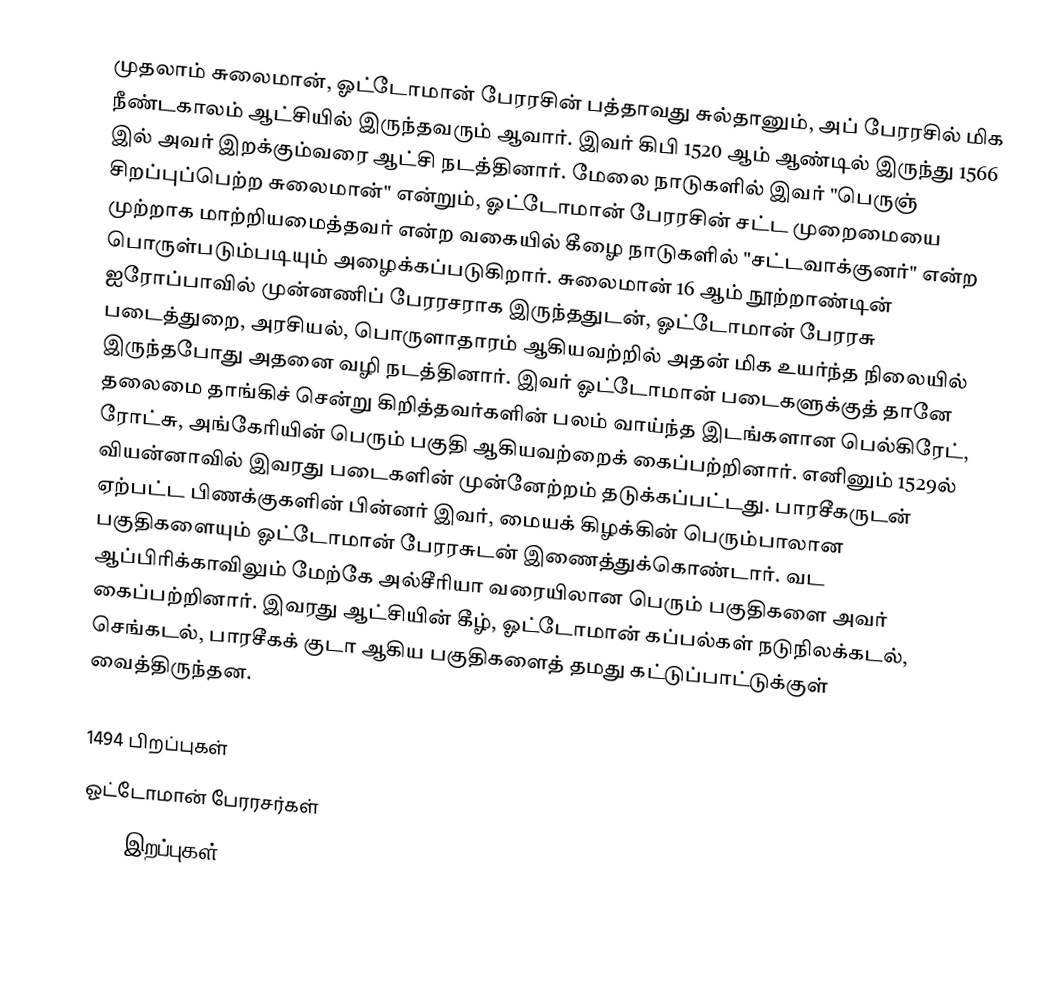
முதலாம் சுலைமான், ஓட்டோமான் பேரரசின் பத்தாவது சுல்தானும், அப் பேரரசில் மிக நீண்டகாலம் ஆட்சியில் இருந்தவரும் ஆவார். இவர் கிபி 1520 ஆம் ஆண்டில் இருந்து 1566 இல் அவர் இறக்கும்வரை ஆட்சி நடத்தினார். மேலை நாடுகளில் இவர் "பெருஞ் சிறப்புப்பெற்ற சுலைமான்" என்றும், ஓட்டோமான் பேரரசின் சட்ட முறைமையை முற்றாக மாற்றியமைத்தவர் என்ற வகையில் கீழை நாடுகளில் "சட்டவாக்குனர்" என்ற பொருள்படும்படியும் அழைக்கப்படுகிறார். சுலைமான் 16 ஆம் நூற்றாண்டின் ஐரோப்பாவில் முன்னணிப் பேரரசராக இருந்ததுடன், ஓட்டோமான் பேரரசு படைத்துறை, அரசியல், பொருளாதாரம் ஆகியவற்றில் அதன் மிக உயர்ந்த நிலையில் இருந்தபோது அதனை வழி நடத்தினார். இவர் ஓட்டோமான் படைகளுக்குத் தானே தலைமை தாங்கிச் சென்று கிறித்தவர்களின் பலம் வாய்ந்த இடங்களான பெல்கிரேட், ரோட்சு, அங்கேரியின் பெரும் பகுதி ஆகியவற்றைக் கைப்பற்றினார். எனினும் 1529ல் வியன்னாவில் இவரது படைகளின் முன்னேற்றம் தடுக்கப்பட்டது. பாரசீகருடன் ஏற்பட்ட பிணக்குகளின் பின்னர் இவர், மையக் கிழக்கின் பெரும்பாலான பகுதிகளையும் ஓட்டோமான் பேரரசுடன் இணைத்துக்கொண்டார். வட ஆப்பிரிக்காவிலும் மேற்கே அல்சீரியா வரையிலான பெரும் பகுதிகளை அவர் கைப்பற்றினார். இவரது ஆட்சியின் கீழ், ஓட்டோமான் கப்பல்கள் நடுநிலக்கடல், செங்கடல், பாரசீகக் குடா ஆகிய பகுதிகளைத் தமது கட்டுப்பாட்டுக்குள் வைத்திருந்தன.

1494 பிறப்புகள்
ஓட்டோமான் பேரரசர்கள்
1566 இறப்புகள்